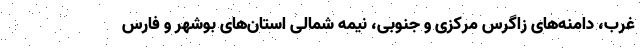
غرب، دامنه‌های زاگرس مرکزی و جنوبی، نیمه شمالی استان‌های بوشهر و فارس